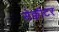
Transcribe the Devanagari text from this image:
सेक्वीटर